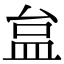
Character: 𥁐